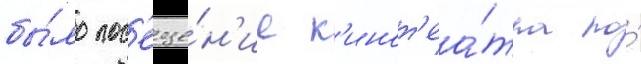
бы́ло пос'еще́н'ие к'инот'еа́тра по́